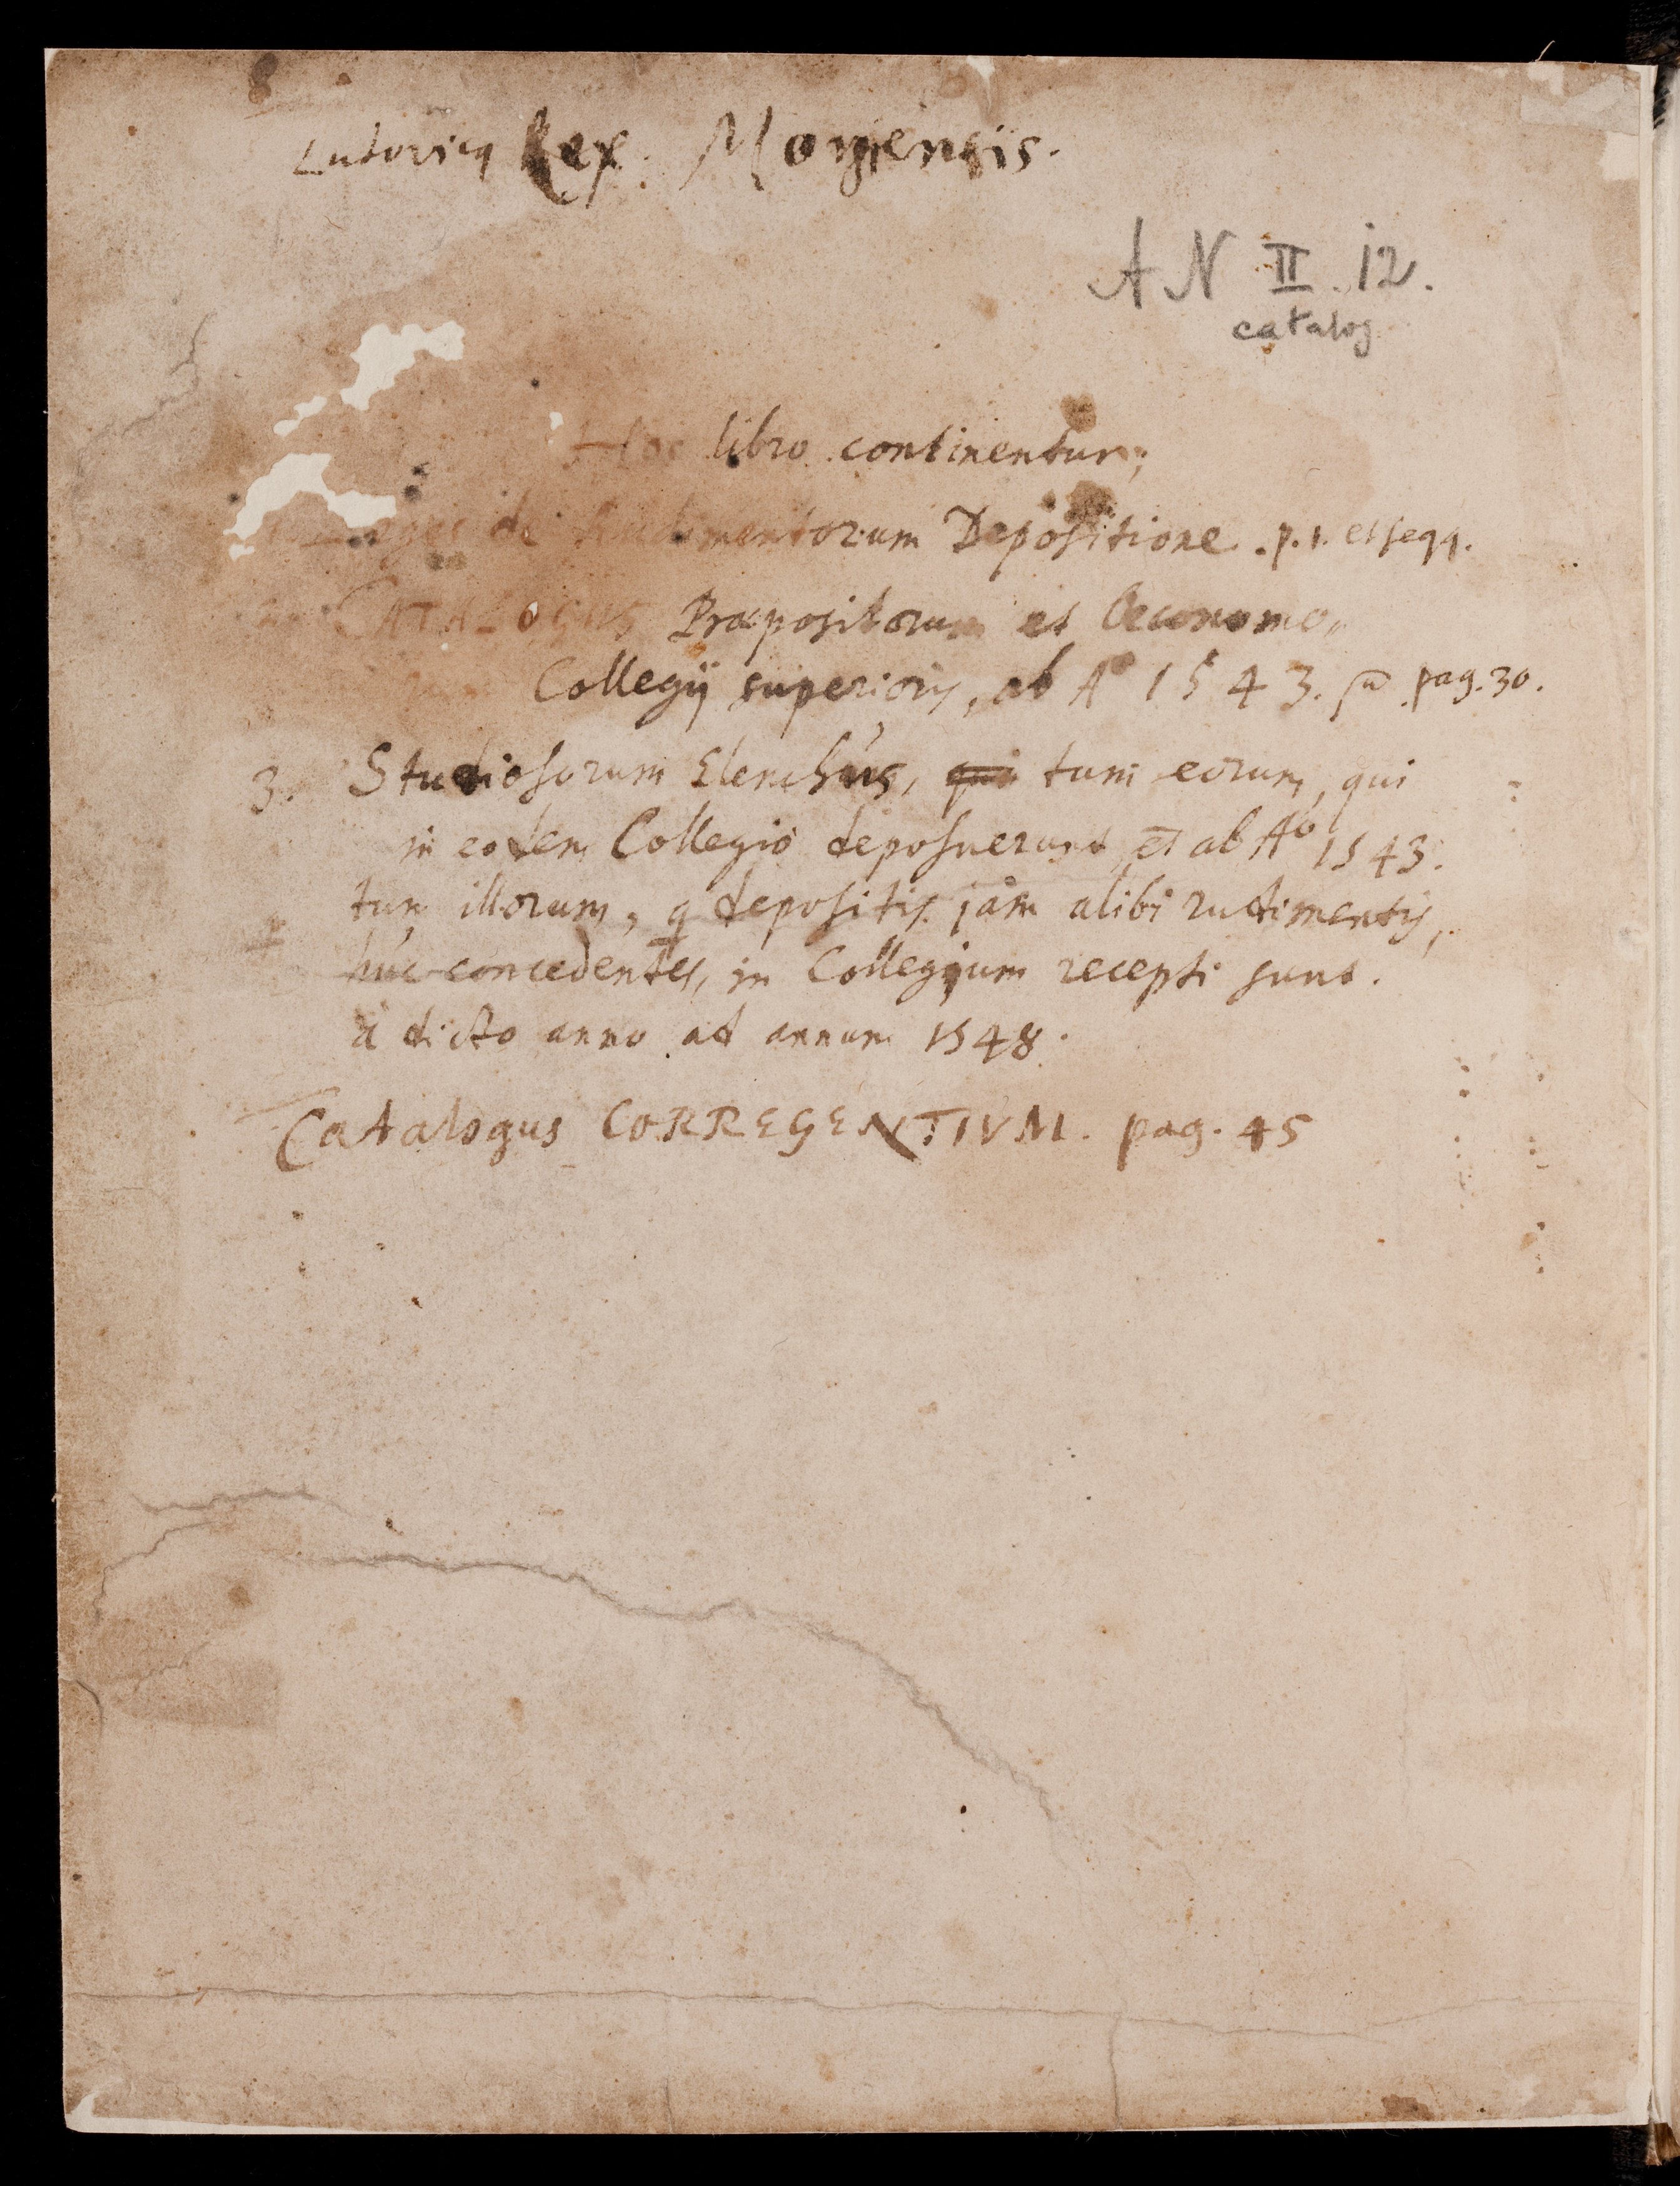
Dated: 1543–1672